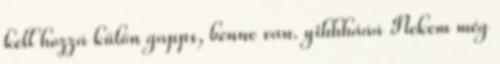
kell hozzá külön gapps, benne van. yihhhááá Nekem még